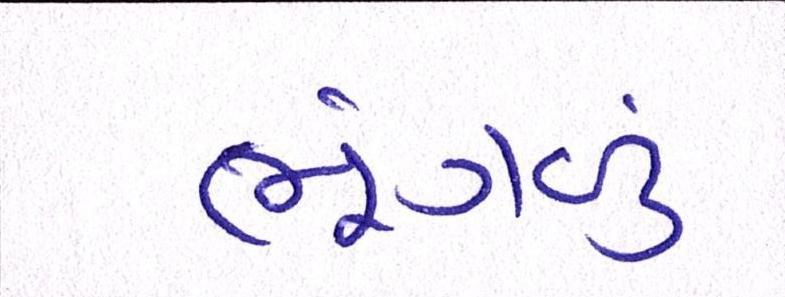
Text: ભૂંગળું